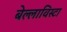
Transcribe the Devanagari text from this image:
बेल्लाविस्टा